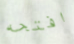
افتحه